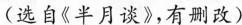
(选自《半月谈》，有删改)